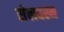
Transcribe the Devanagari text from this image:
सेलघरम